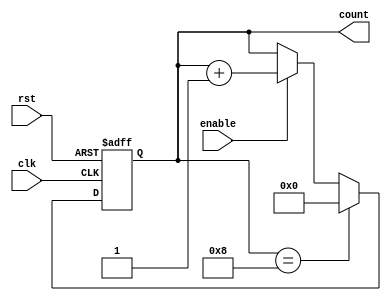
module counter8( clk, rst, enable, count );
input clk, rst, enable;
output [3:0] count;
reg [3:0] count_ff, count_nxt;
assign count = count_ff;

always @ (*) begin 
//proces combina?ional, declan?at cand se schimb? un semnal din interior
count_nxt = count_ff;
if( enable ) count_nxt = count_ff + 1'b1;
if(count_ff== 'd8) count_nxt='d0;
end

always @ (posedge clk or negedge rst) begin 
// proces secven?ial declan?at de front cresc?tor de clk sau rst
      if (!rst) begin
      	count_ff <= 4'b0;
      end 
      else begin
           count_ff <= count_nxt;
      end
 end
endmodule